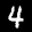
Label: 4